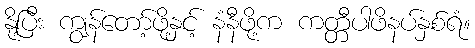
နို့ပြီး ကျွန်တော့်ဖို့နှင့် နံနီဖို့က ကတ္တီပါဖိနပ်နှစ်ရံ။